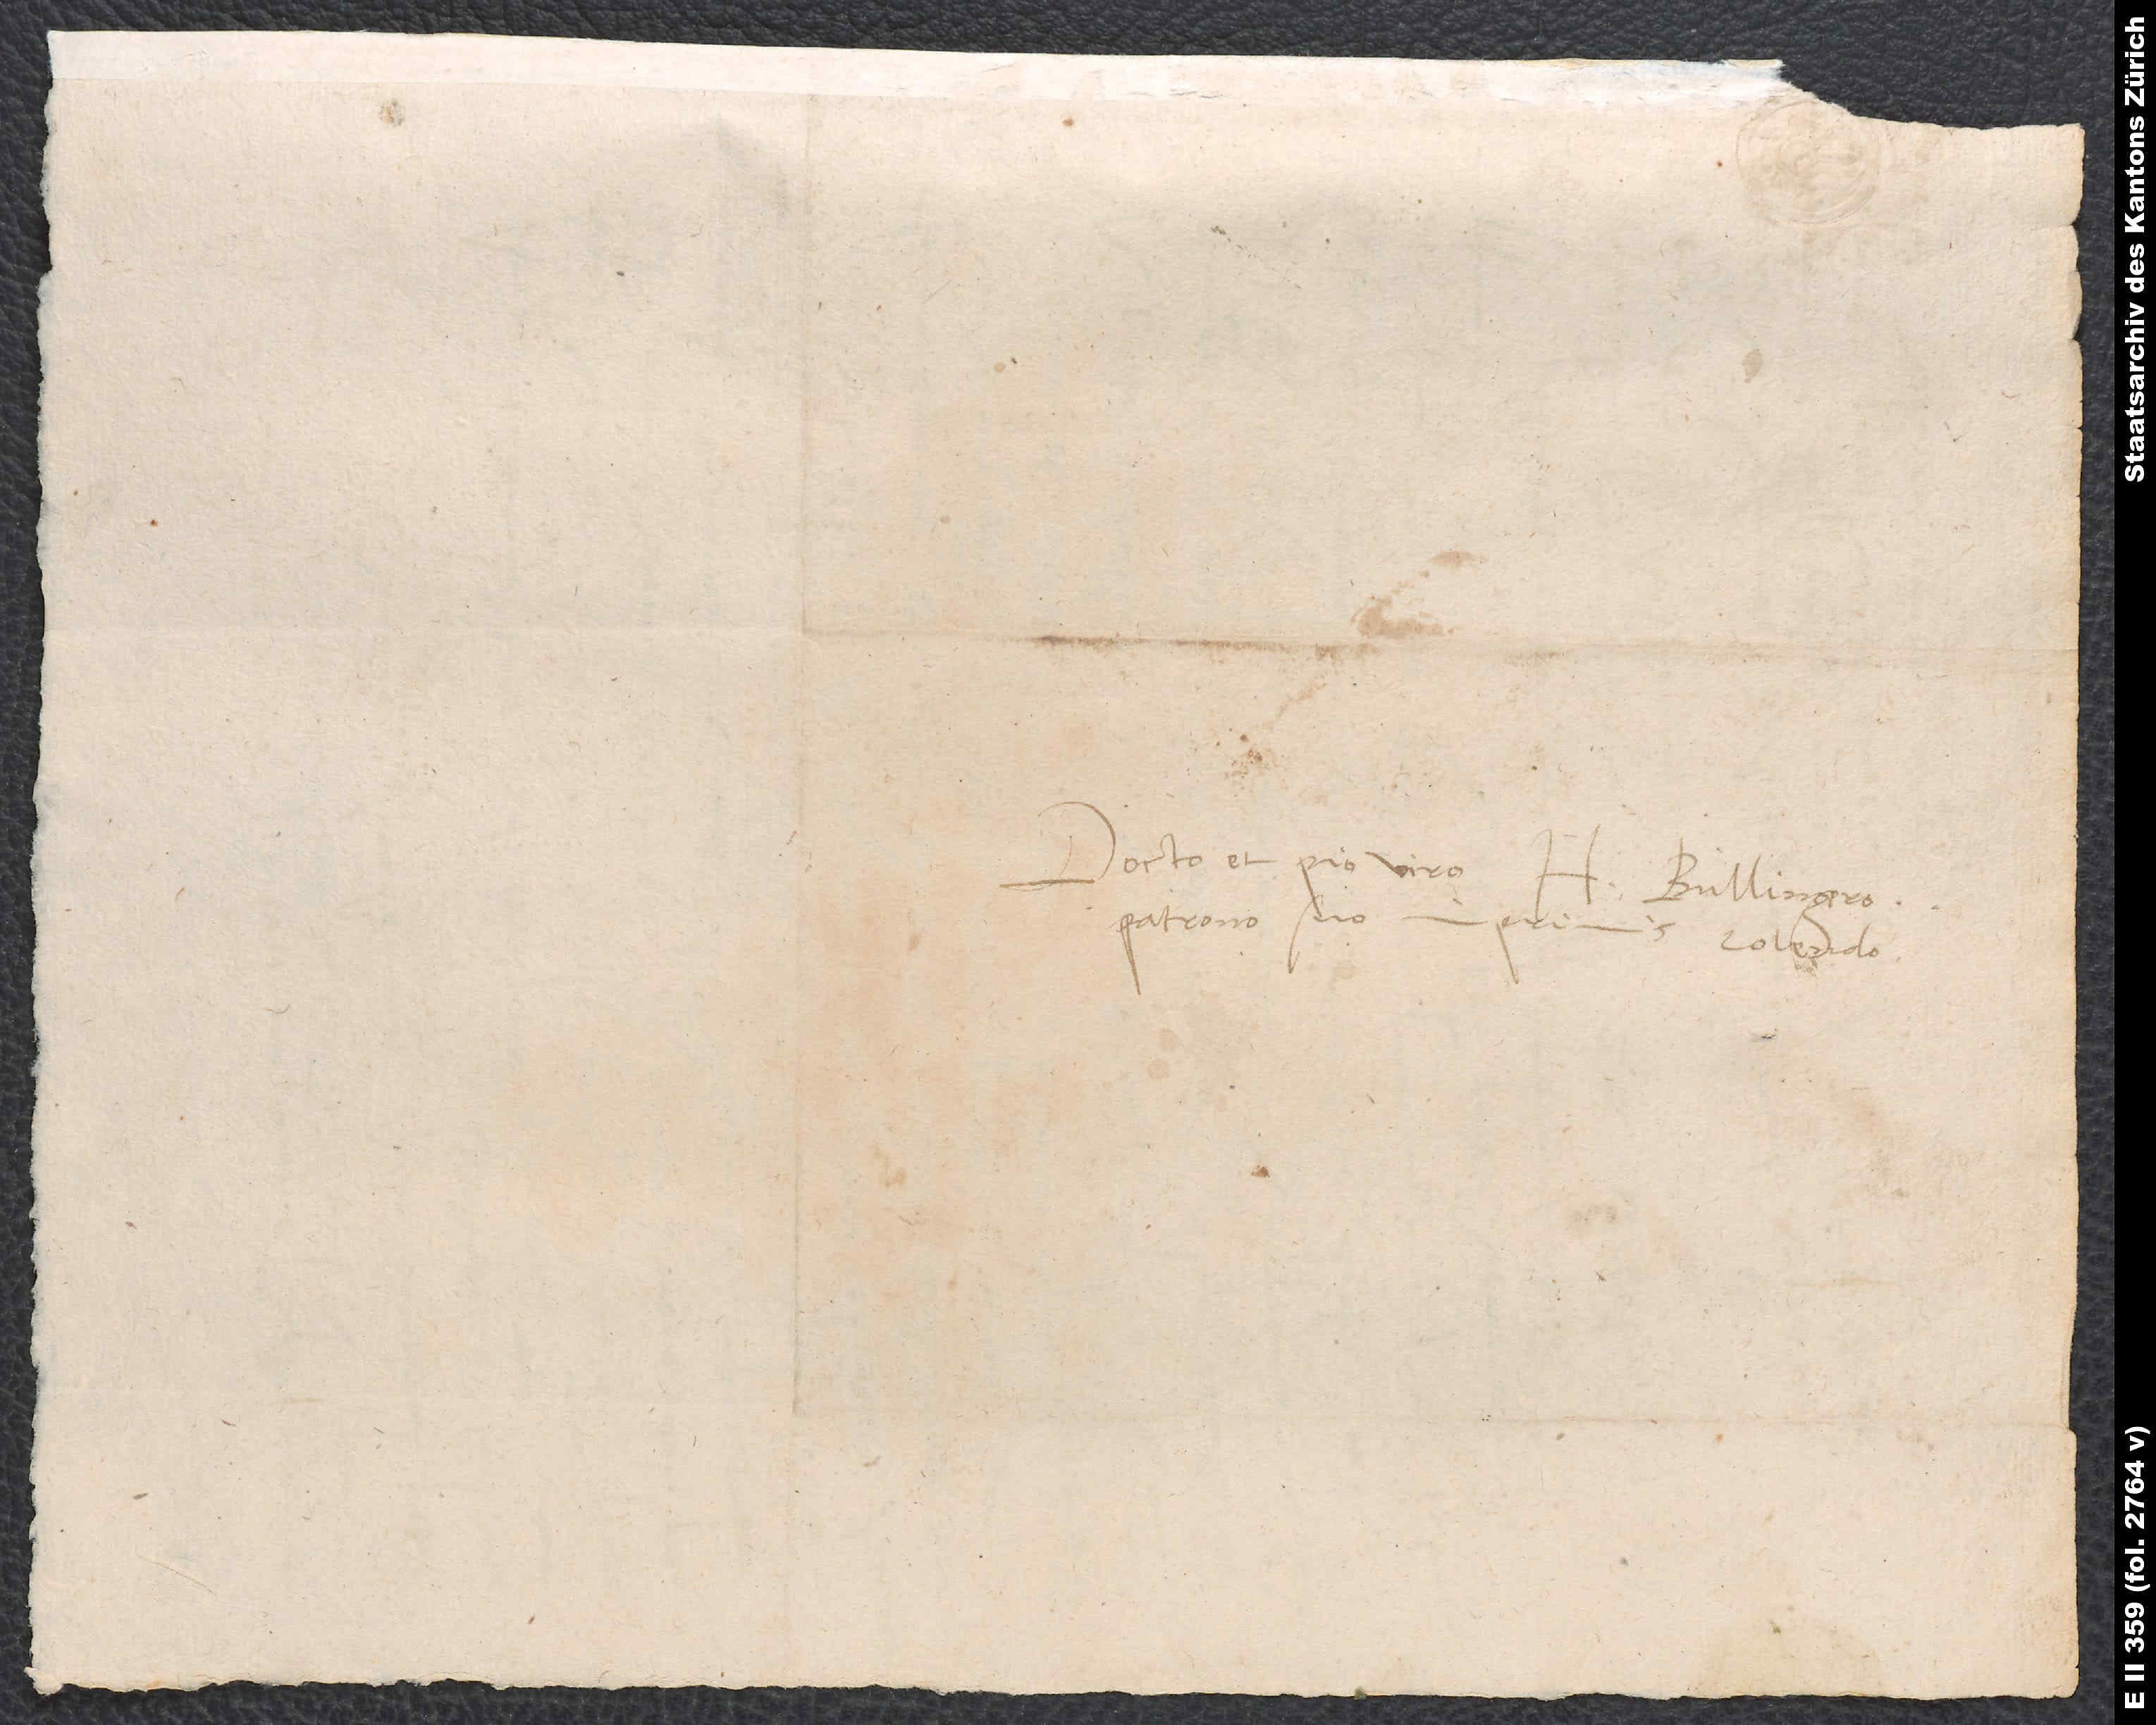
Docto et pio viro
H. Bullingero,
patrono suo imprimis colendo.